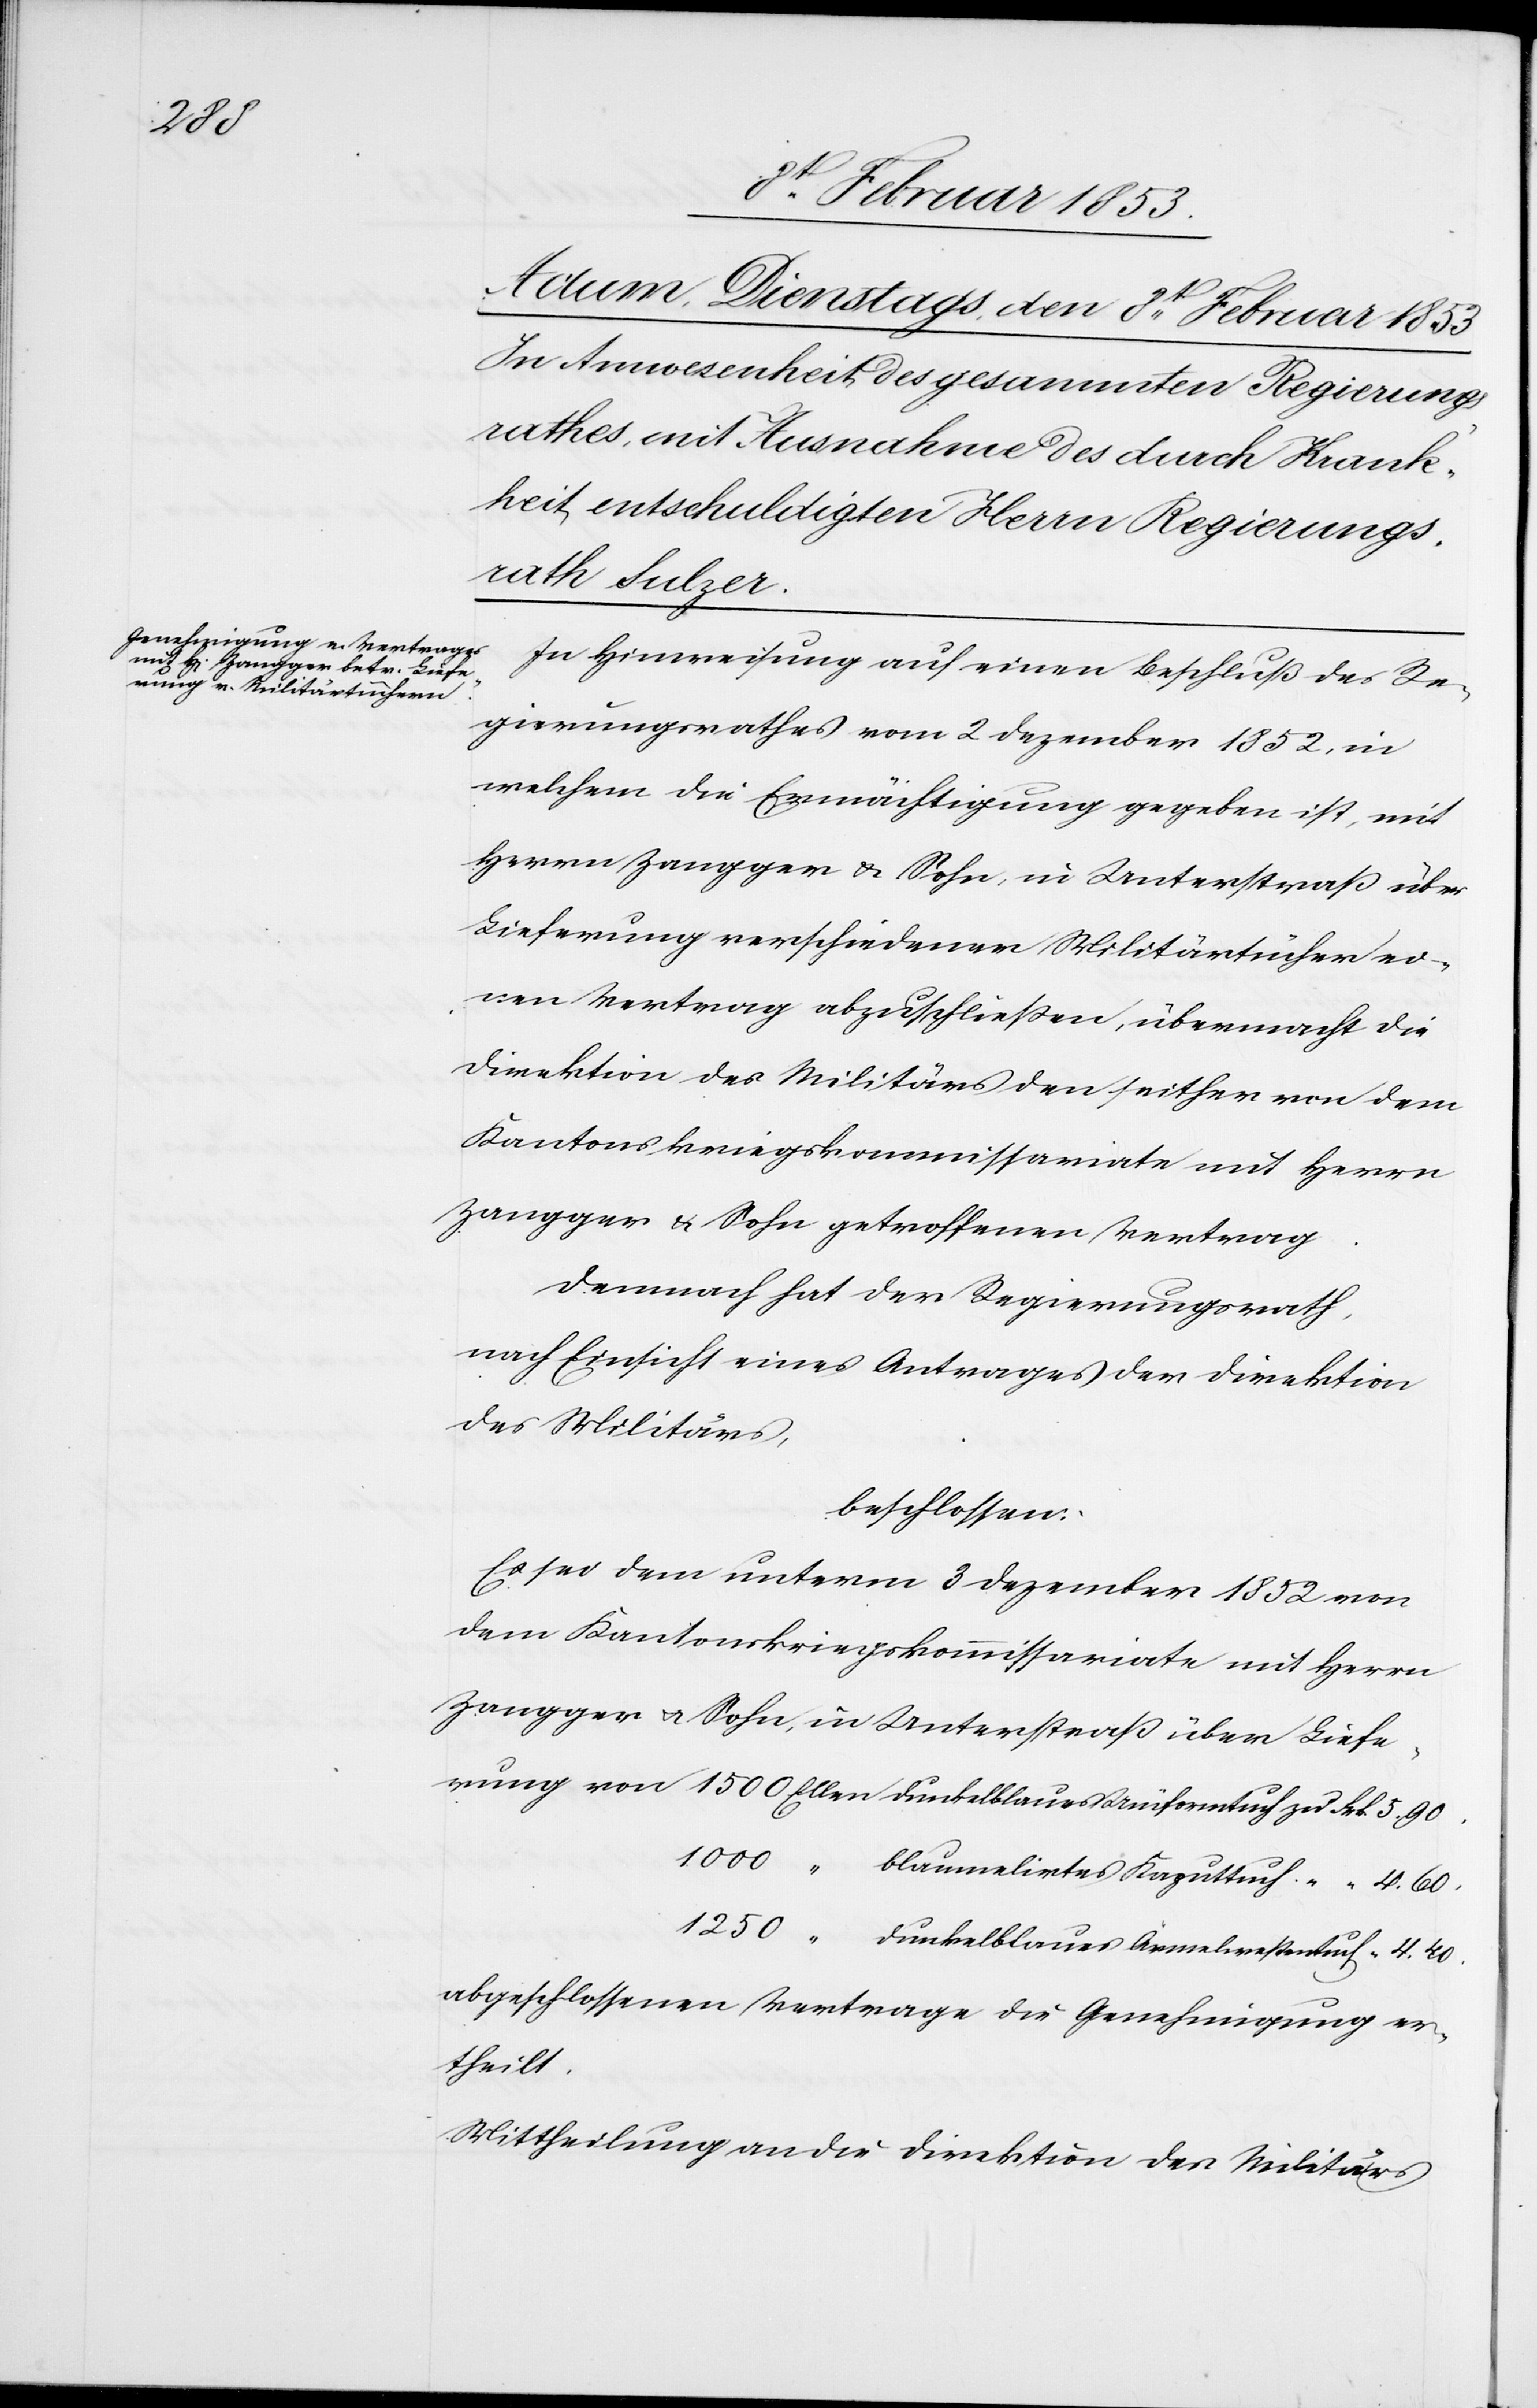
1250

In Hinweisung auf einen Beschluß des Re¬
gierungsrathes vom 2 Dezember 1852, in
welchem die Ermächtigung gegeben ist, mit
Herrn Zangger u. Sohn, in Unterstraß über
Lieferung verschiedener Militärtruhen ei¬
nen Vertrag abzuschließen, übermacht die
Direktion des Militärs den seither von dem
Kantonskriegskommissariate mit Herrn
Zangger u. Sohn getroffenen Vertrag.
Demnach hat der Regierungsrath,
nach Einsicht eines Antrages der Direktion
des Militärs,
beschlossen:
Es sei dem unterm 3 Dezember 1852 von
dem Kantonskriegskommissariate mit Herrn
Zangger u. Sohn, in Unterstraß über Liefe¬
abeschlossenen Vertrage die Genehmigung er¬
theilt.
Mittheilung an die Direktion des Militärs